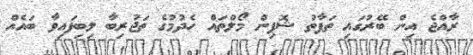
ރާއްޖެ އިން ބޭރުގައި ތަފާތު ޝޮޕިން މޯލްތައް ހެދުމުގެ ތަޖުރިބާ ލިބިފައިވާ ބައެއް